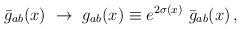
LaTeX: \begin{align*}\bar g_{ab}(x)\ \rightarrow\ g_{ab}(x) \equiv e^{2\sigma (x)}\ \bar g_{ab}(x)\,,\end{align*}